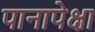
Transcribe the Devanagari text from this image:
पानापेक्षा